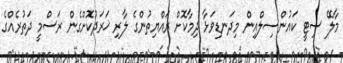
މާލޭ ސިޓީ ކައުންސިލްއިން މިދަނޑިވަޅާ ދިމާކޮށް ރައްޔިތުންގެ ލާރި ޚަރަދުކޮށްގެން ރަސްމީ ދަތުރެއްގެ